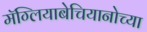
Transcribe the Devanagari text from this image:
मॅग्लियाबेचियानोच्या